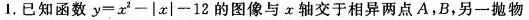
1.已知函数 $$y = x ^ { 2 } - | x | - 1 2$$ 的图像与x轴交于相异两点A，B，另一抛物